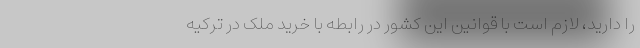
را دارید، لازم است با قوانین این کشور در رابطه با خرید ملک در ترکیه